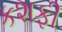
કશફી